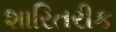
શારિતરીક